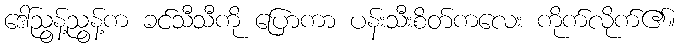
ဒေါ်ညွန့်ညွန့်က ခင်သီသီကို ပြောကာ ပန်းသီးစိတ်ကလေး ကိုက်လိုက်၏။